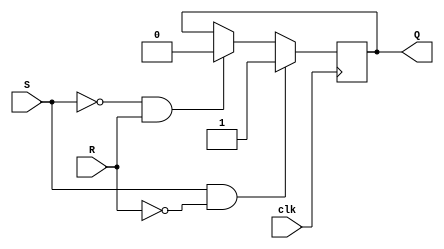
module sr_flip_flop (
    input wire clk,
    input wire S,
    input wire R,
    output reg Q
);

always @(posedge clk) begin
    if (S && !R) begin
        Q <= 1;
    end else if (!S && R) begin
        Q <= 0;
    end
    // Else, do nothing and retain previous state
end

endmodule